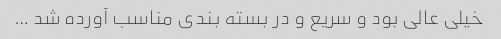
خیلی عالی بود و سریع و در بسته بندی مناسب آورده شد …